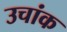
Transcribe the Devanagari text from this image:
उचांक